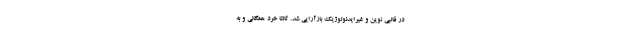
در قالبی نوین و غیرایدئولوژیک بازآرایی شد. ثالثاً خرد همگانی و به